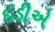
ઇડીએ